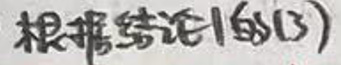
根据结论1的(3)